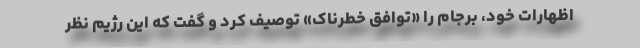
اظهارات خود، برجام را «توافق خطرناک» توصیف کرد و گفت که این رژیم نظر